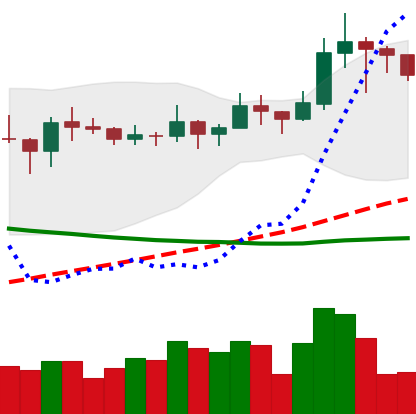
Ticker: LINK-USD
Chart end date: 2019-11-17
Forward return: -19.783%
Label: down_7plus